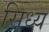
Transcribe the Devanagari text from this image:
सिध्य